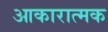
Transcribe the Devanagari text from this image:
आकारात्मक